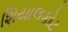
શિયાલકોટ